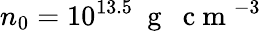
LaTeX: n_{0}=10^{13.5}~\mathrm{~g~~~c~m~}^{-3}